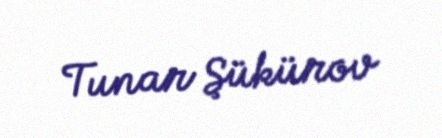
Tunar Şükürov